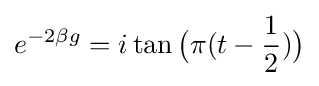
e^{-2\beta g}=i\tan {\big (}\pi (t-{\frac {1}{2}}){\big )}